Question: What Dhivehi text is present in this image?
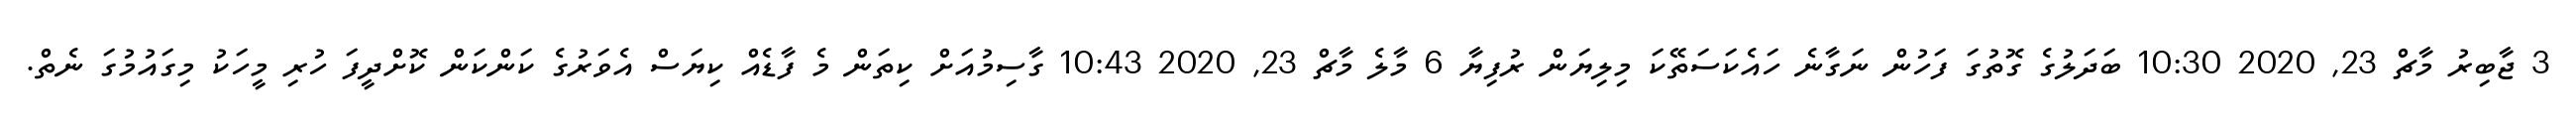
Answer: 3 ޖާބިރު މާޗް 23, 2020 10:30 ބަދަލުގެ ގޮތުގަ ފަހުން ނަގާނެ ހައެކަސަތޭކަ މިލިޔަން ރުފިޔާ 6 މާލެ މާޗް 23, 2020 10:43 ގާސިމުއަށް ކިތަން މެ ފާޑެއް ކިޔަސް އެވަރުގެ ކަންކަން ކޮށްދީފަ ހުރި މީހަކު މިގައުމުގަ ނެތް.